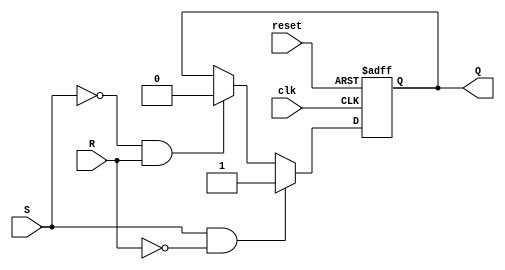
module sr_flipflop (
    input wire S,        // Set input
    input wire R,        // Reset input
    input wire clk,      // Clock input
    input wire reset,    // Asynchronous reset input
    output reg Q         // Output Q
);

always @(posedge clk or posedge reset) begin
    if (reset) begin
        Q <= 0;         // Initialize Q to 0 on reset
    end else begin
        if (S && !R) begin
            Q <= 1;     // Set Q to 1 when S is asserted
        end else if (!S && R) begin
            Q <= 0;     // Reset Q to 0 when R is asserted
        end
    end
end

endmodule